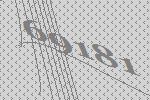
69181